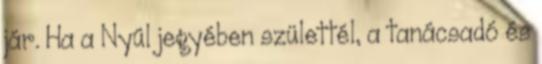
jár. Ha a Nyúl jegyében születtél, a tanácsadó és